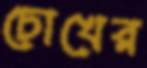
চোখের